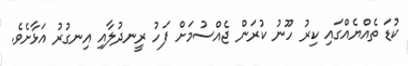
ކުޑަ ތެއްޔެއްގައި ކިރު ހޫނު ކުރަން ޖެއްސުމަށް ފަހު ރީނދުލާއި އިނގުރު އަޅާށެވެ.